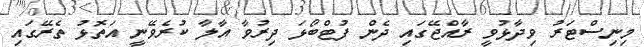
މިނިސްޓަރު ވިދާޅުވީ ރާއްޖޭގައި ދެން ފުޓްބޯޅަ ދިރުވާ އާލާ ކުރެވޭނީ އަތޮޅު ތެރޭގައި